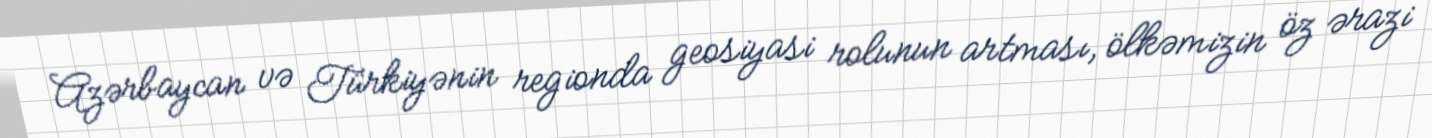
Azərbaycan və Türkiyənin regionda geosiyasi rolunun artması, ölkəmizin öz ərazi